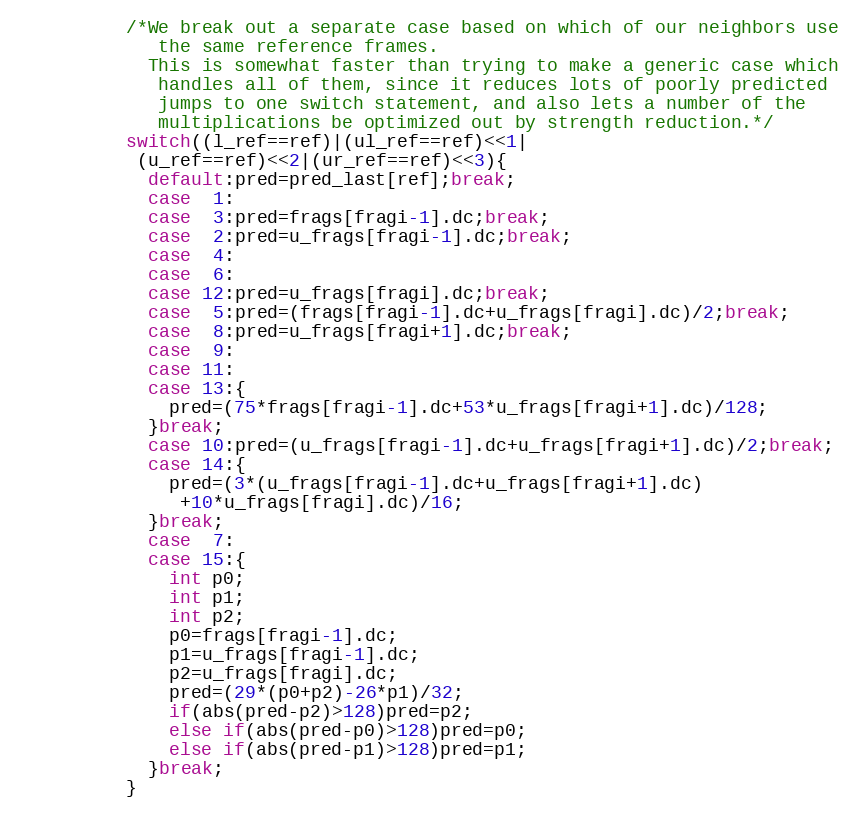
Language: C
          /*We break out a separate case based on which of our neighbors use
             the same reference frames.
            This is somewhat faster than trying to make a generic case which
             handles all of them, since it reduces lots of poorly predicted
             jumps to one switch statement, and also lets a number of the
             multiplications be optimized out by strength reduction.*/
          switch((l_ref==ref)|(ul_ref==ref)<<1|
           (u_ref==ref)<<2|(ur_ref==ref)<<3){
            default:pred=pred_last[ref];break;
            case  1:
            case  3:pred=frags[fragi-1].dc;break;
            case  2:pred=u_frags[fragi-1].dc;break;
            case  4:
            case  6:
            case 12:pred=u_frags[fragi].dc;break;
            case  5:pred=(frags[fragi-1].dc+u_frags[fragi].dc)/2;break;
            case  8:pred=u_frags[fragi+1].dc;break;
            case  9:
            case 11:
            case 13:{
              pred=(75*frags[fragi-1].dc+53*u_frags[fragi+1].dc)/128;
            }break;
            case 10:pred=(u_frags[fragi-1].dc+u_frags[fragi+1].dc)/2;break;
            case 14:{
              pred=(3*(u_frags[fragi-1].dc+u_frags[fragi+1].dc)
               +10*u_frags[fragi].dc)/16;
            }break;
            case  7:
            case 15:{
              int p0;
              int p1;
              int p2;
              p0=frags[fragi-1].dc;
              p1=u_frags[fragi-1].dc;
              p2=u_frags[fragi].dc;
              pred=(29*(p0+p2)-26*p1)/32;
              if(abs(pred-p2)>128)pred=p2;
              else if(abs(pred-p0)>128)pred=p0;
              else if(abs(pred-p1)>128)pred=p1;
            }break;
          }